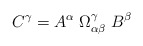
\begin{align*}C^{\gamma}= A^{\alpha} \; \Omega_{\alpha \beta}^{\gamma}\; B^{\beta}\end{align*}